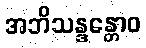
အဘိသန္ဒန္တောဝ